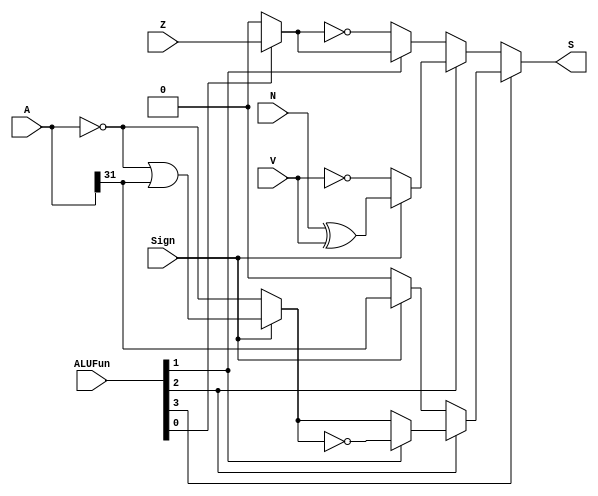
module CMP(A, ALUFun, Sign, Z, V, N, S);
	input [31:0]A;
	input [5:0]ALUFun;
	input Sign, Z, V, N;
	output S;
	wire aeqb,aneqb,altb,alez,altz,agtz;
	assign aeqb=ALUFun[0]? Z:0;
	assign aneqb=~aeqb;
	assign altb=Sign? (N^V):~V;
	assign alez=Sign? (!A||A[31]):!A;
	assign altz=Sign? A[31]:0;
	assign agtz=~alez;
	assign S= ALUFun[3]? (ALUFun[2]? (ALUFun[1]? agtz:alez):altz):(ALUFun[2]? altb:(ALUFun[1]? aeqb:aneqb));
endmodule